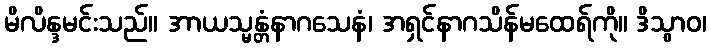
မိလိန္ဒမင်းသည်။ အာယသ္မန္တံနာဂသေနံ၊ အရှင်နာဂသိန်မထေရ်ကို။ ဒိသွာဝ၊